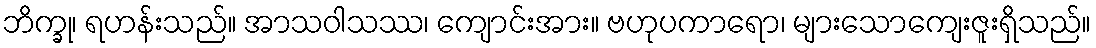
ဘိက္ခု၊ ရဟန်းသည်။ အာသဝါသဿ၊ ကျောင်းအား။ ဗဟုပကာရော၊ များသောကျေးဇူးရှိသည်။